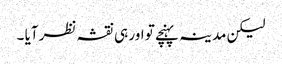
لیکن مدینہ پہنچے تو اور ہی نقشہ نظر آیا ۔